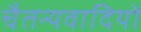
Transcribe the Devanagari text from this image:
चैतन्यवादियों